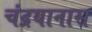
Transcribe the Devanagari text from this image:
चंद्रयानास